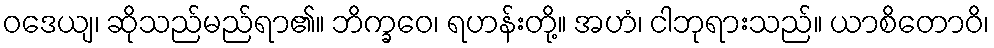
ဝဒေယျ၊ ဆိုသည်မည်ရာ၏။ ဘိက္ခဝေ၊ ရဟန်းတို့။ အဟံ၊ ငါဘုရားသည်။ ယာစိတောဝိ၊